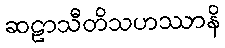
ဆဠာသီတိသဟဿာနိ